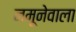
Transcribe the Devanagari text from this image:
नमूनेवाला